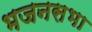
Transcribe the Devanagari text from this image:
भजनसभा